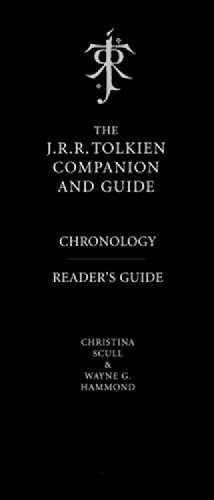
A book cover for J.R.R. Tolkien Companion and Guide (Two Volume Box Set); Christina Scull; Science Fiction & Fantasy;